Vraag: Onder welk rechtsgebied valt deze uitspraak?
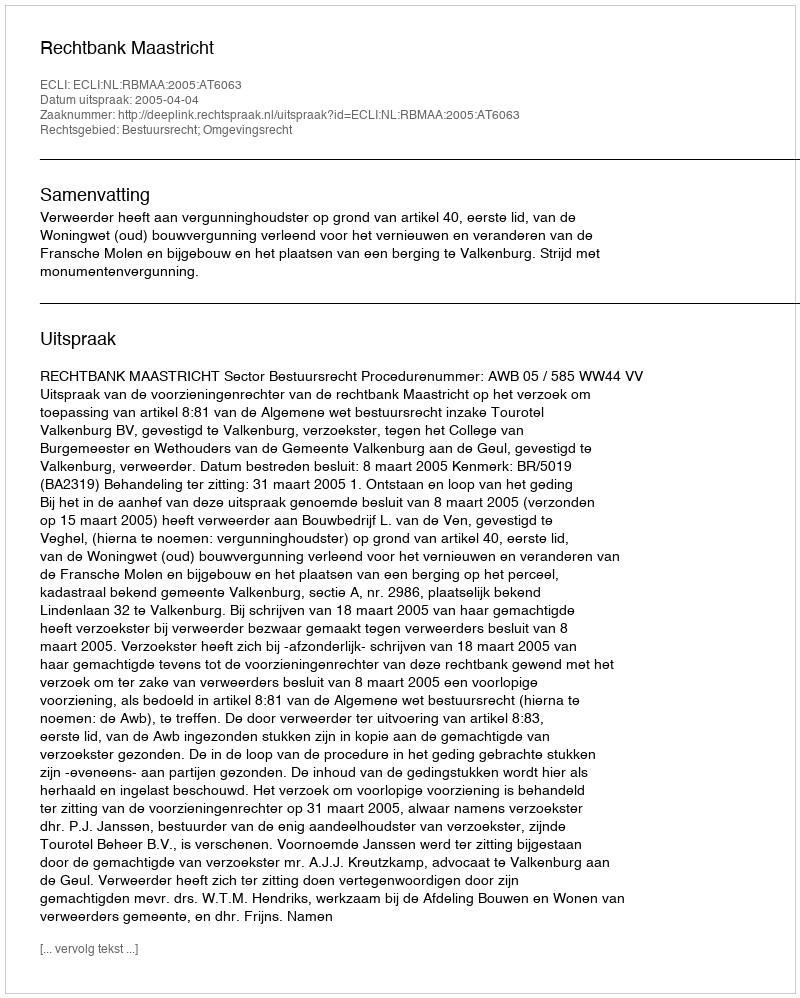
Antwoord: Bestuursrecht; Omgevingsrecht